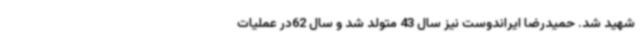
شهید شد. حمیدرضا ایراندوست نیز سال 43 متولد شد و سال 62در عملیات